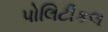
પોલિટીકલ